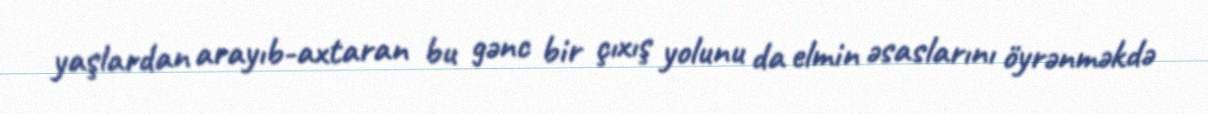
yaşlardan arayıb-axtaran bu gənc bir çıxış yolunu da elmin əsaslarını öyrənməkdə